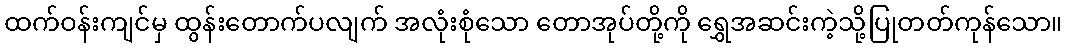
ထက်ဝန်းကျင်မှ ထွန်းတောက်ပလျက် အလုံးစုံသော တောအုပ်တို့ကို ရွှေအဆင်းကဲ့သို့ပြုတတ်ကုန်သော။